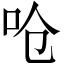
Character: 呛